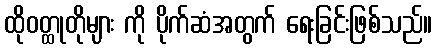
ထိုဝတ္ထုတိုများ ကို ပိုက်ဆံအတွက် ရေးခြင်းဖြစ်သည်။